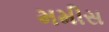
મમીસ